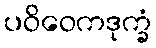
ပဝိဝေကဒုက္ခံ